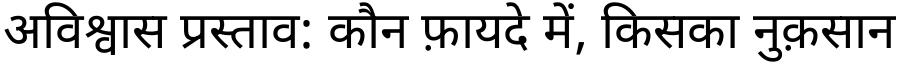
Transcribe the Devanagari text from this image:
अविश्वास प्रस्ताव: कौन फ़ायदे में, किसका नुक़सान